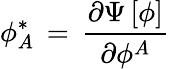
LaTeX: \phi_{A}^{\ast}\, =\, {\frac{\partial\Psi\, [\phi]}{\partial\phi^{A}}}